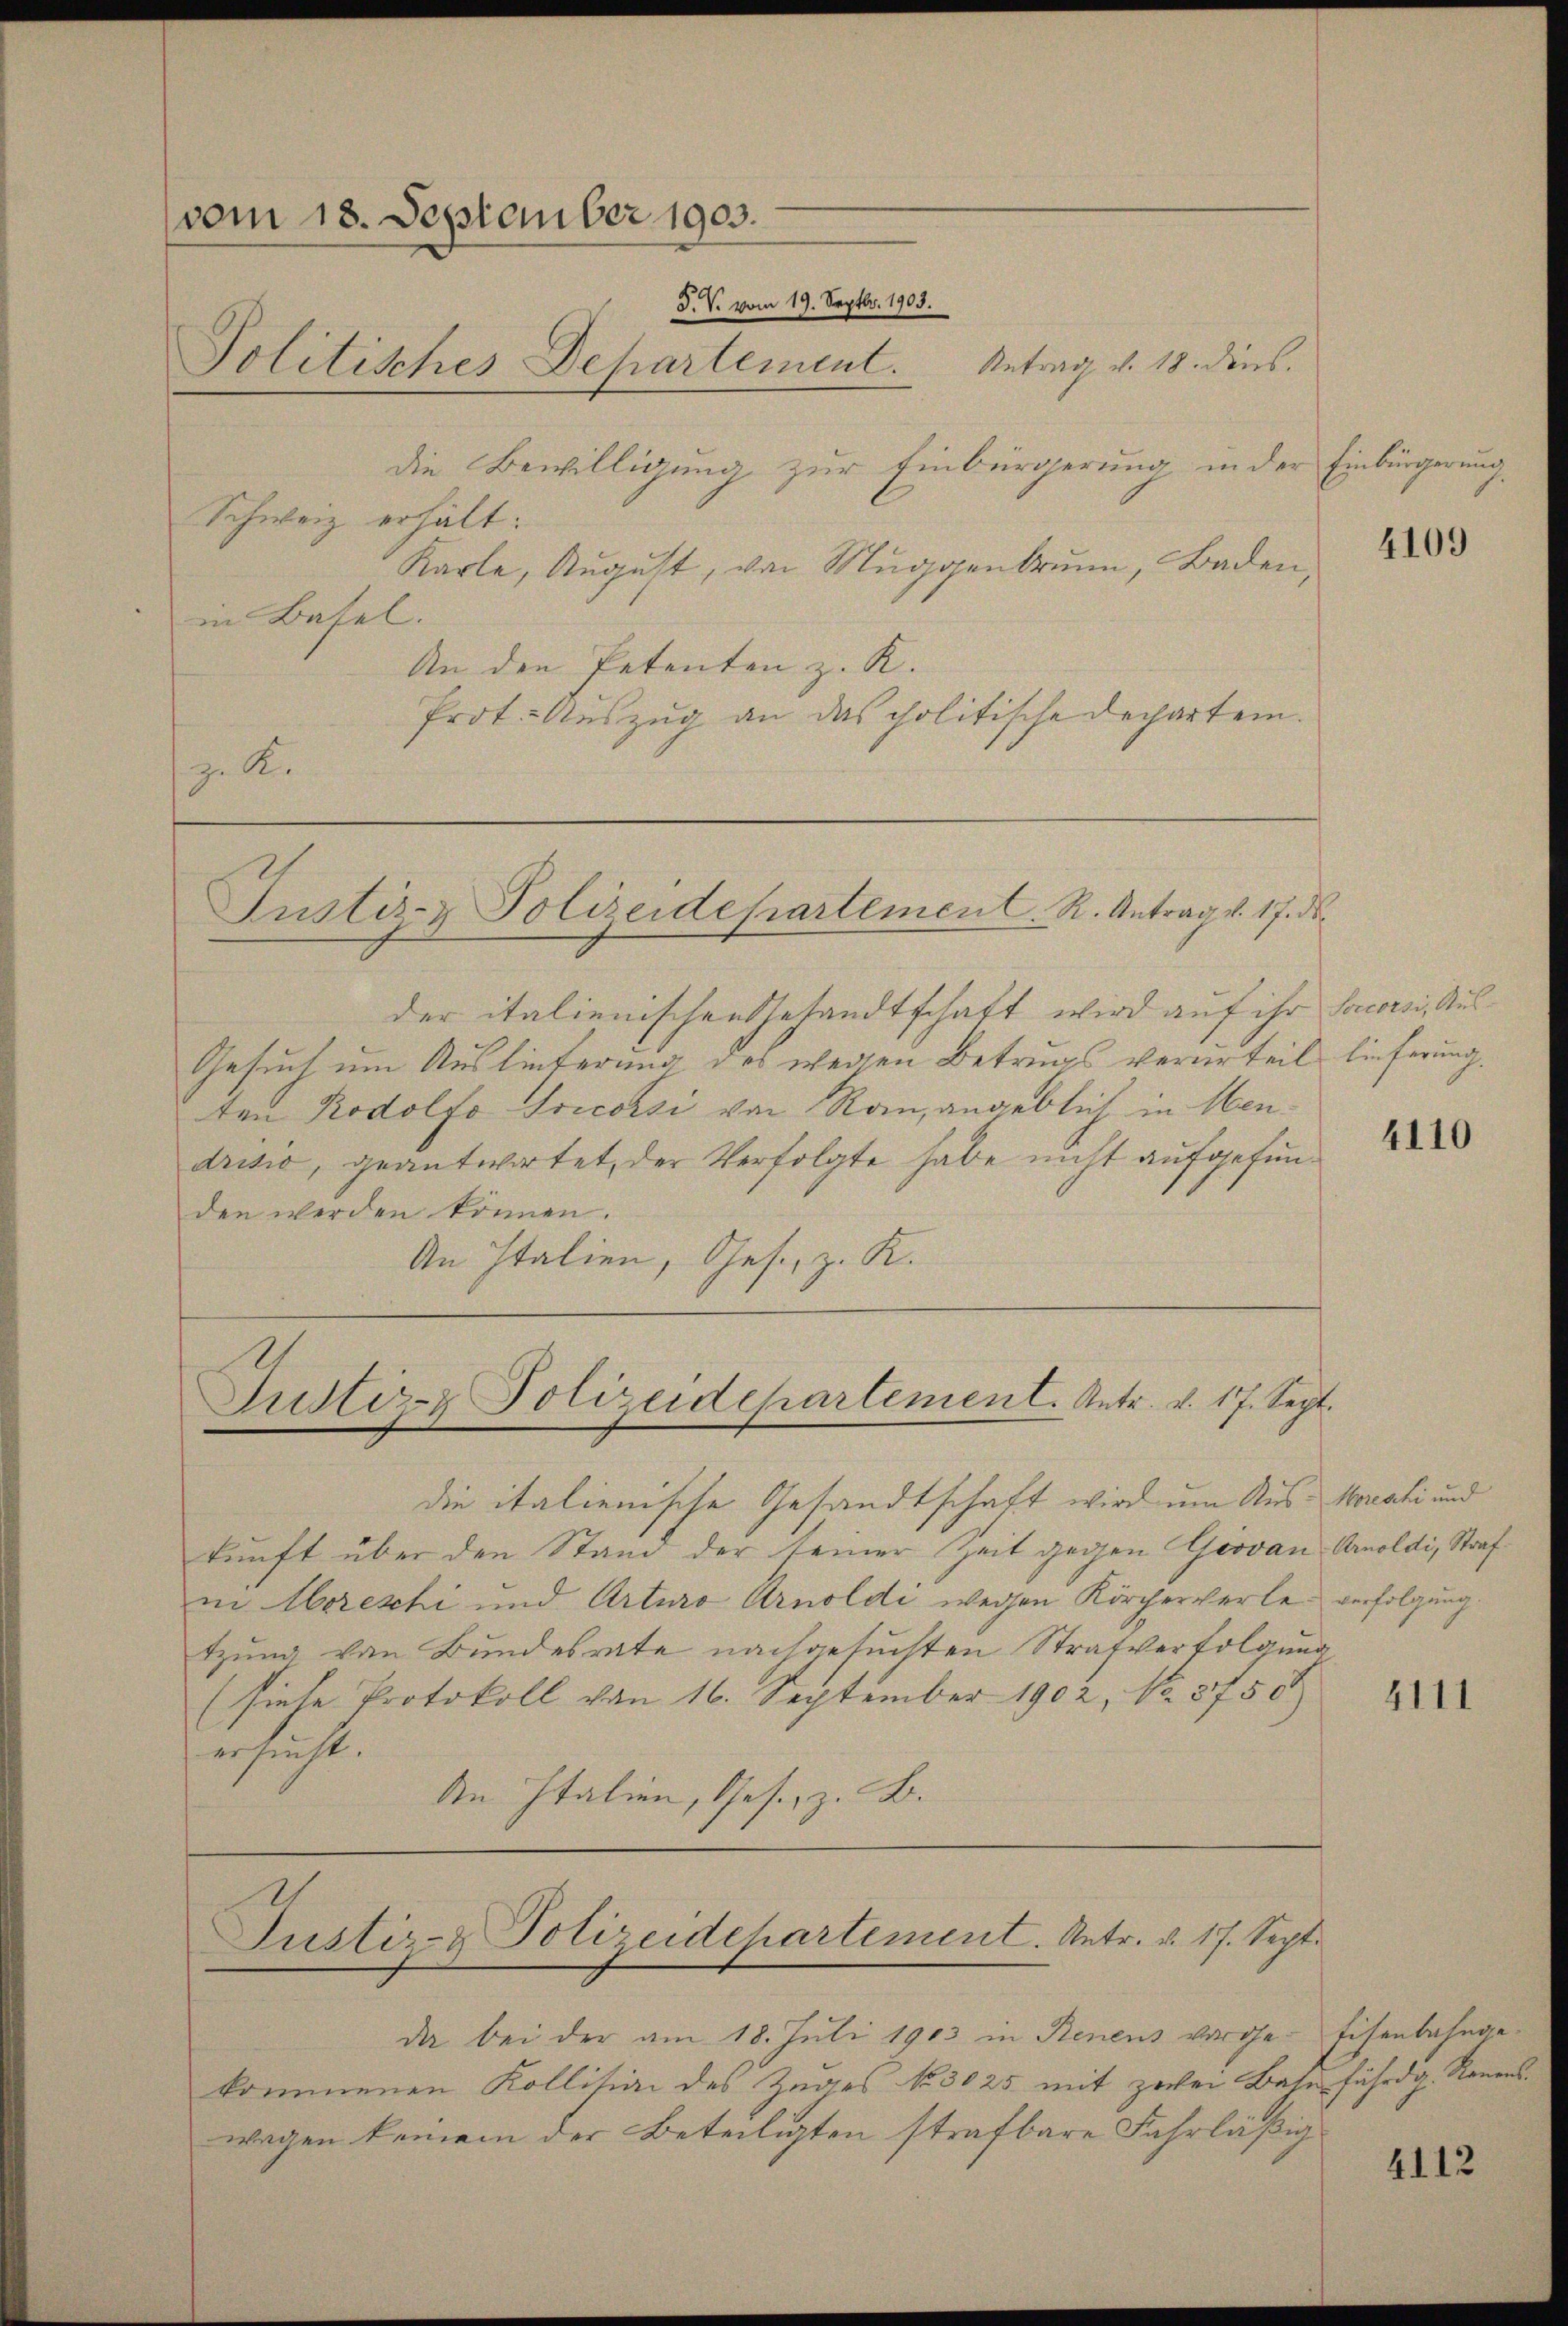
vom 18. September 1903.
Politisches Departement.

J. V. vom 19. Septbr. 1905.
die Bewilligung zur Einbürgerung in der Einbürgerung.
Schweiz erhält:
Karle, Aŭgŭst, von Mŭggenbrunn, Baden,
in Basel.
An den Petenten z. K.
Prot. Auszug an das politische Dechartem
zu K

Justiz- & Polizeidepartement. R. Antrag v. 17. d.

Justiz & Polizeidepartement. Antr. v. 17. Sept.

Justiz- & Polizeidepartement. Antr. v. 17. Sept.

Antrag v. 18. dens.

der italienischen Gesandtschaft wird auf ihr Saccorsi, Aus¬
Gesuch um Auslieferung des wegen Betrugs verurteil lieferung.
ten Rodolfo Tricorsi von Rau, angeblich in Mendrisio, geantwortet, der Verfolgte habe nicht aufgefunden werden können.
An Italien, Ges., z. K.

die italienische Gesandtschaft wird um Aus- Horati und
kunft über den Stand der seiner Zeit gegen Giovan Arnoldi, Strafin Moresti und Artura Arnoldi wegen Körperverletzung von Bundesrate nachgesuchten Strafverfolgung
(siele Protokoll von 16. September 1902, No. 8750)
ersucht.
An Italien, Geser z. B.

da bei der am 18. Juli 1903 in Renens vorge-Eisenbahngekommenen Kollision des Zuges No. 3025 mit zwei Bahn fährdg. Rauenswagen keinem der Beteiligten strafbare Fahrläßig

4109

4110

verfolgung.

4111

4.12